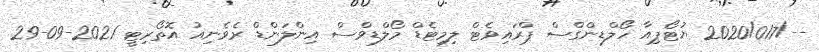
--/2020/017 ޔުޓޯޕިއާ ހޯލްޑިންގްސް ޕްރައިވެޓް ލިމިޓެޑް މޯލްޑިވްސް އިންލަންޑް ރެވެނިއު އޮތޯރިޓީ 2021-09-29